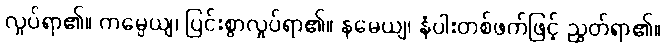
လှုပ်ရာ၏။ ကမ္ပေယျ၊ ပြင်းစွာလှုပ်ရာ၏။ နမေယျ၊ နံပါးတစ်ဖက်ဖြင့် ညွတ်ရာ၏။